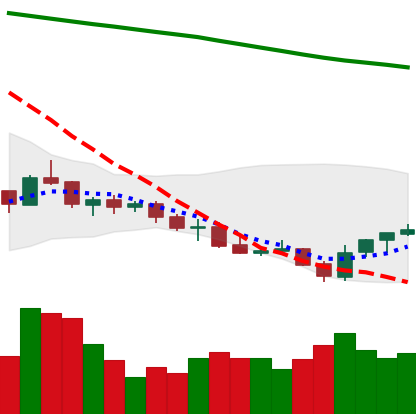
Ticker: LINK-USD
Chart end date: 2021-07-24
Forward return: 15.803%
Label: up_7plus